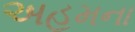
અહમના